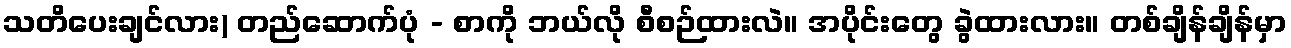
သတိပေးချင်လား) တည်ဆောက်ပုံ - စာကို ဘယ်လို စီစဉ်ထားလဲ။ အပိုင်းတွေ ခွဲထားလား။ တစ်ချိန်ချိန်မှာ